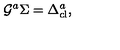
\mathcal { G } ^ { a } \Sigma = \Delta _ { \mathrm { c l } } ^ { a } ,